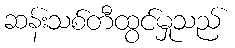
ဆန်းသစ်တီထွင်မှုသည်